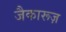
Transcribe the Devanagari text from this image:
जैकारूज़